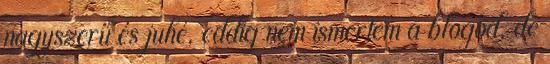
nagyszerű és juhé, eddig nem ismertem a blogod, de